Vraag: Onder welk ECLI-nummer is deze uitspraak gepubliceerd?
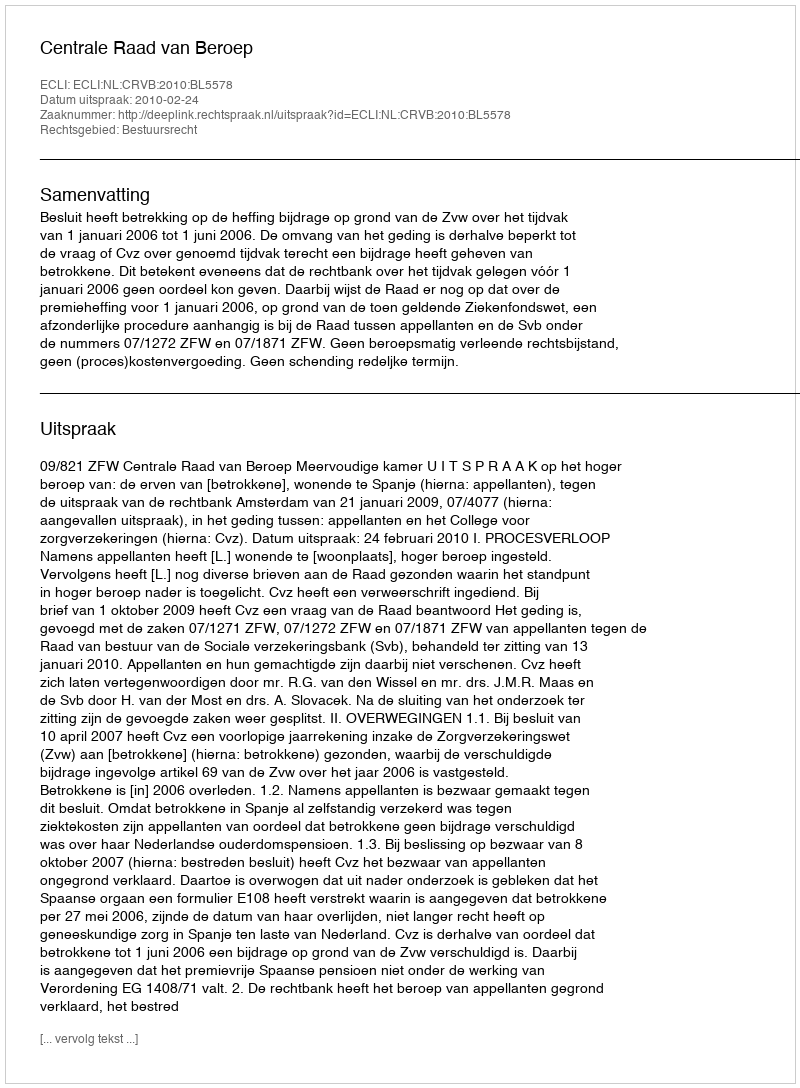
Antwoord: ECLI:NL:CRVB:2010:BL5578